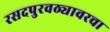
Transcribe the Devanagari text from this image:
रसदपुरवठ्यावरचा